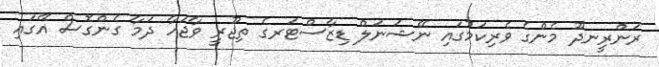
ރަންރީނދޫ މެންގެ ވެރިކަމުގައި ނޭޝަނަލް ޑިޒާސްޓަރގެ ތިޖޫރީ ވާޖަހާ ދަމާ ގެންގޮސް އޭގައި